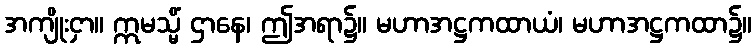
အကျိုးငှာ။ ဣမသ္မိံ ဌာနေ၊ ဤအရာ၌။ မဟာအဋ္ဌကထာယံ၊ မဟာအဋ္ဌကထာ၌။